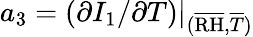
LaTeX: a_{3}=(\partial I_{1}/\partial T)\vert_{(\overline{{\mathrm{RH}}},\overline{{T}})}